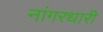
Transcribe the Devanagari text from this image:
नांगरधारी